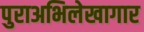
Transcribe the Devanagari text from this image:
पुराअभिलेखागार